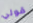
قولي